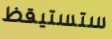
ستستيقظ